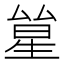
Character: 𠬋